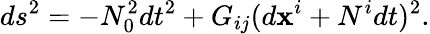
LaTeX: ds^{2}=-N_{0}^{2}dt^{2}+G_{ij}(d\mathbf{x}^{i}+N^{i}dt)^{2}.